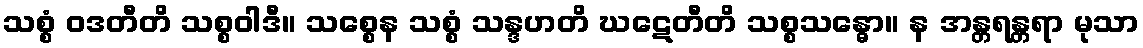
သစ္စံ ဝဒတီတိ သစ္စဝါဒီ။ သစ္စေန သစ္စံ သန္ဒဟတိ ဃဋေတီတိ သစ္စသန္ဓော။ န အန္တရန္တရာ မုသာ